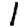
Digit: 1